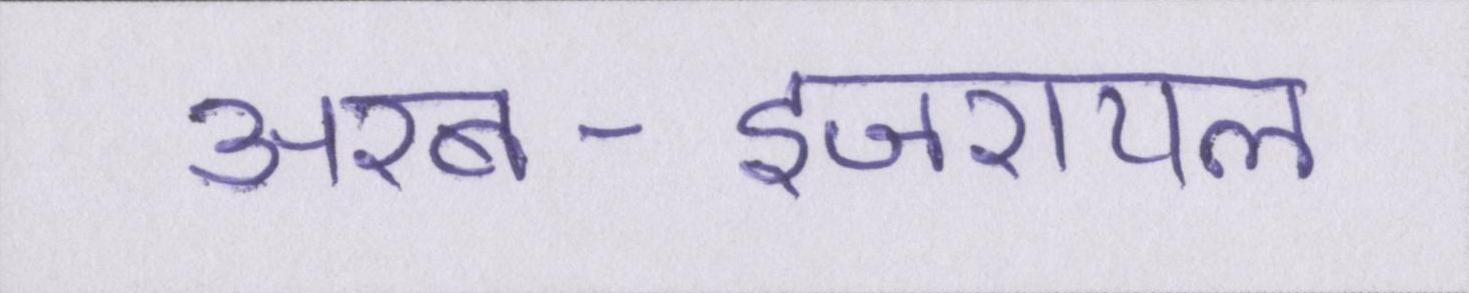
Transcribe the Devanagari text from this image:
अरब-इजरायल